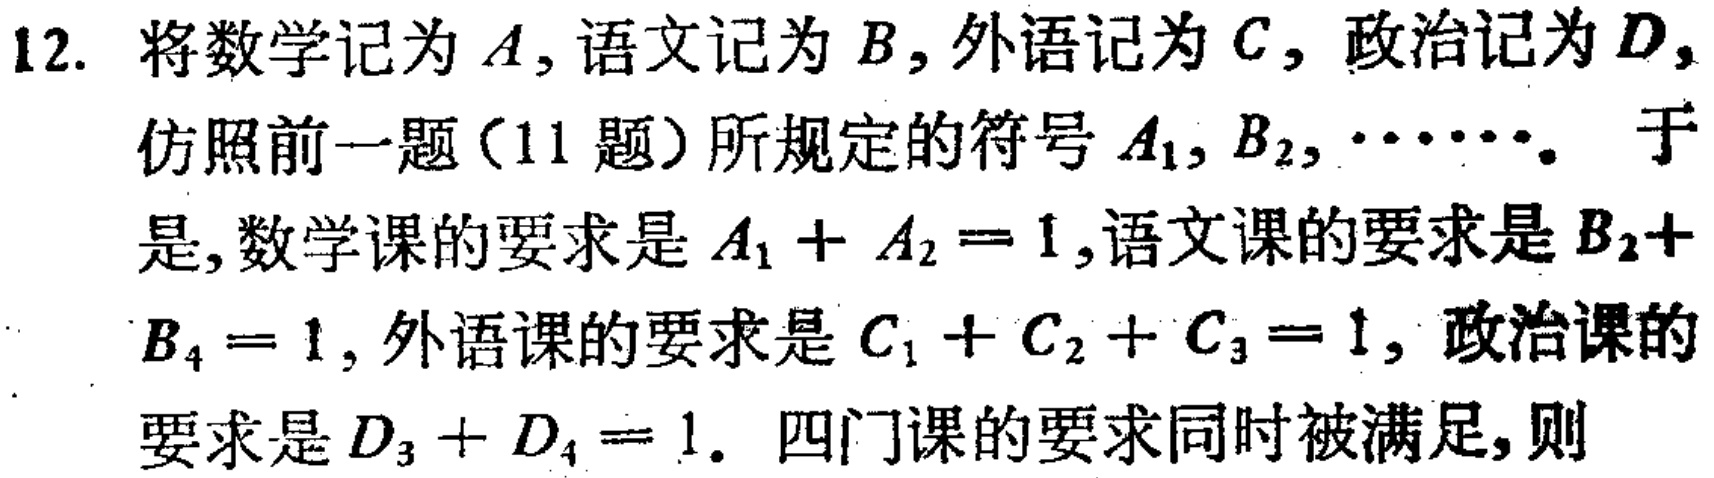
12. 将数学记为\(A\)，语文记为\(B\)，外语记为\(C\)，政治记为\(D\)，仿照前一题（11题）所规定的符号\(A_1, B_2, \cdots\)。于是，数学课的要求是\(A_1 + A_2 = 1\)，语文课的要求是\(B_2 + B_4 = 1\)，外语课的要求是\(C_1 + C_2 + C_3 = 1\)， 政治课的要求是\(D_3 + D_4 = 1\)。四门课的要求同时被满足，则